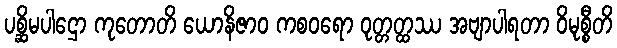
ပစ္ဆိမပါဌော ကုတောတိ ယောနိဇာဝ ကစဝရော ဝုတ္တတ္ထဿ အဗျာပါရတာ ဝိမုစ္စီတိ